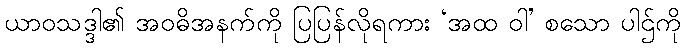
ယာဝသဒ္ဒါ၏ အဝဓိအနက်ကို ပြပြန်လိုရကား ‘အထ ဝါ’ စသော ပါဌ်ကို